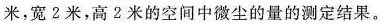
米，宽2米，高2米的空间中微尘的量的测定结果。